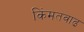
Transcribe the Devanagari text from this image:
किंमतवाढ